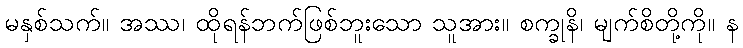
မနှစ်သက်။ အဿ၊ ထိုရန်ဘက်ဖြစ်ဘူးသော သူအား။ စက္ခုနိ၊ မျက်စိတို့ကို။ န